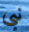
نبي